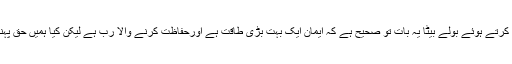
بزرگ اس کے سوال کونظرانداز کرتے ہوئے بولے بیٹا یہ بات تو صحیح ہے کہ ایمان ایک بہت بڑی طاقت ہے اورحفاظت کرنے والا رب ہے لیکن کیا ہمیں حق پہنچتا ہے کہ ہم رب کا امتحان لیں؟